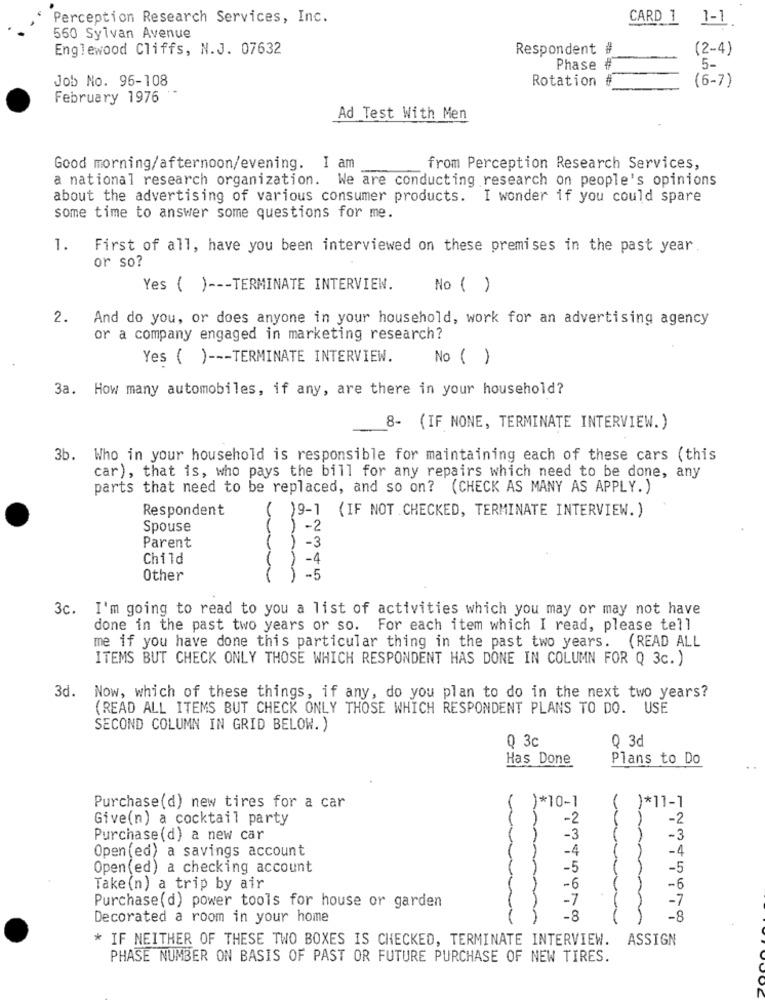
Perception Research Services, Inc.
CARD 1 1-1
560 Sylvan Avenue
Englewood Cliffs, N.J. 07632
Respondent #
(2-4)
Phase
#
5-
Job No. 96-108
Rotation #
(6-7)
February 1976
Ad Test With Men
Good morning/afternoon/evening. I am
from Perception Research Services,
a national research organization. We are conducting research on people's opinions
about the advertising of various consumer products.
I wonder if you could spare
some time to answer some questions for me.
1.
First of all, have you been interviewed on these premises in the past year
or so?
Yes ( ) --- TERMINATE INTERVIEW.
No ( )
2. And do you, or does anyone in your household, work for an advertising agency
or a company engaged in marketing research?
Yes ( ) --- TERMINATE INTERVIEW.
No ( )
3a. How many automobiles, if any, are there in your household?
8- (IF NONE, TERMINATE INTERVIEW.)
3b. Who in your household is responsible for maintaining each of these cars (this
car), that is, who pays the bill for any repairs which need to be done, any
parts that need to be replaced, and so on? (CHECK AS MANY AS APPLY. )
Respondent
)9-1 (IF NOT .CHECKED, TERMINATE INTERVIEW. )
Spouse
-2
-3
Parent
Child
Other
-5
3c. I'm going to read to you a list of activities which you may or may not have
done in the past two years or so. For each item which I read, please tell
me if you have done this particular thing in the past two years. (READ ALL
ITEMS BUT CHECK ONLY THOSE WHICH RESPONDENT HAS DONE IN COLUMN FOR Q 3c. )
3d.
Now, which of these things, if any, do you plan to do in the next two years?
(READ ALL ITEMS BUT CHECK ONLY THOSE WHICH RESPONDENT PLANS TO DO. USE
SECOND COLUMN IN GRID BELOW. )
Q 3c
0 3d
Has Done
Plans to Do
)*10-1
)*11-1
Purchase(d) new tires for a car
Give(n) a cocktail party
-2
-2
Purchase (d) a new car
-3
-3
Open (ed) a savings account
-4
-4
Open(ed) a checking account
-5
-5
Take (n) a trip by air
-6
-6
-7
Purchase(d) power tools for house or garden
Decorated a room in your home
-8
-8
* IF NEITHER OF THESE TWO BOXES IS CHECKED, TERMINATE INTERVIEW. ASSIGN
PHASE NUMBER ON BASIS OF PAST OR FUTURE PURCHASE OF NEW TIRES.